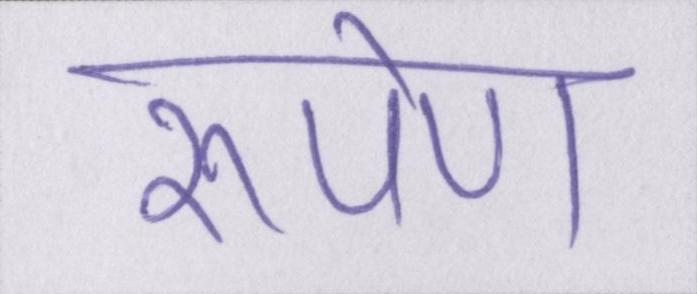
रूपेण